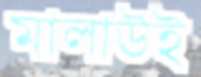
মালাউই